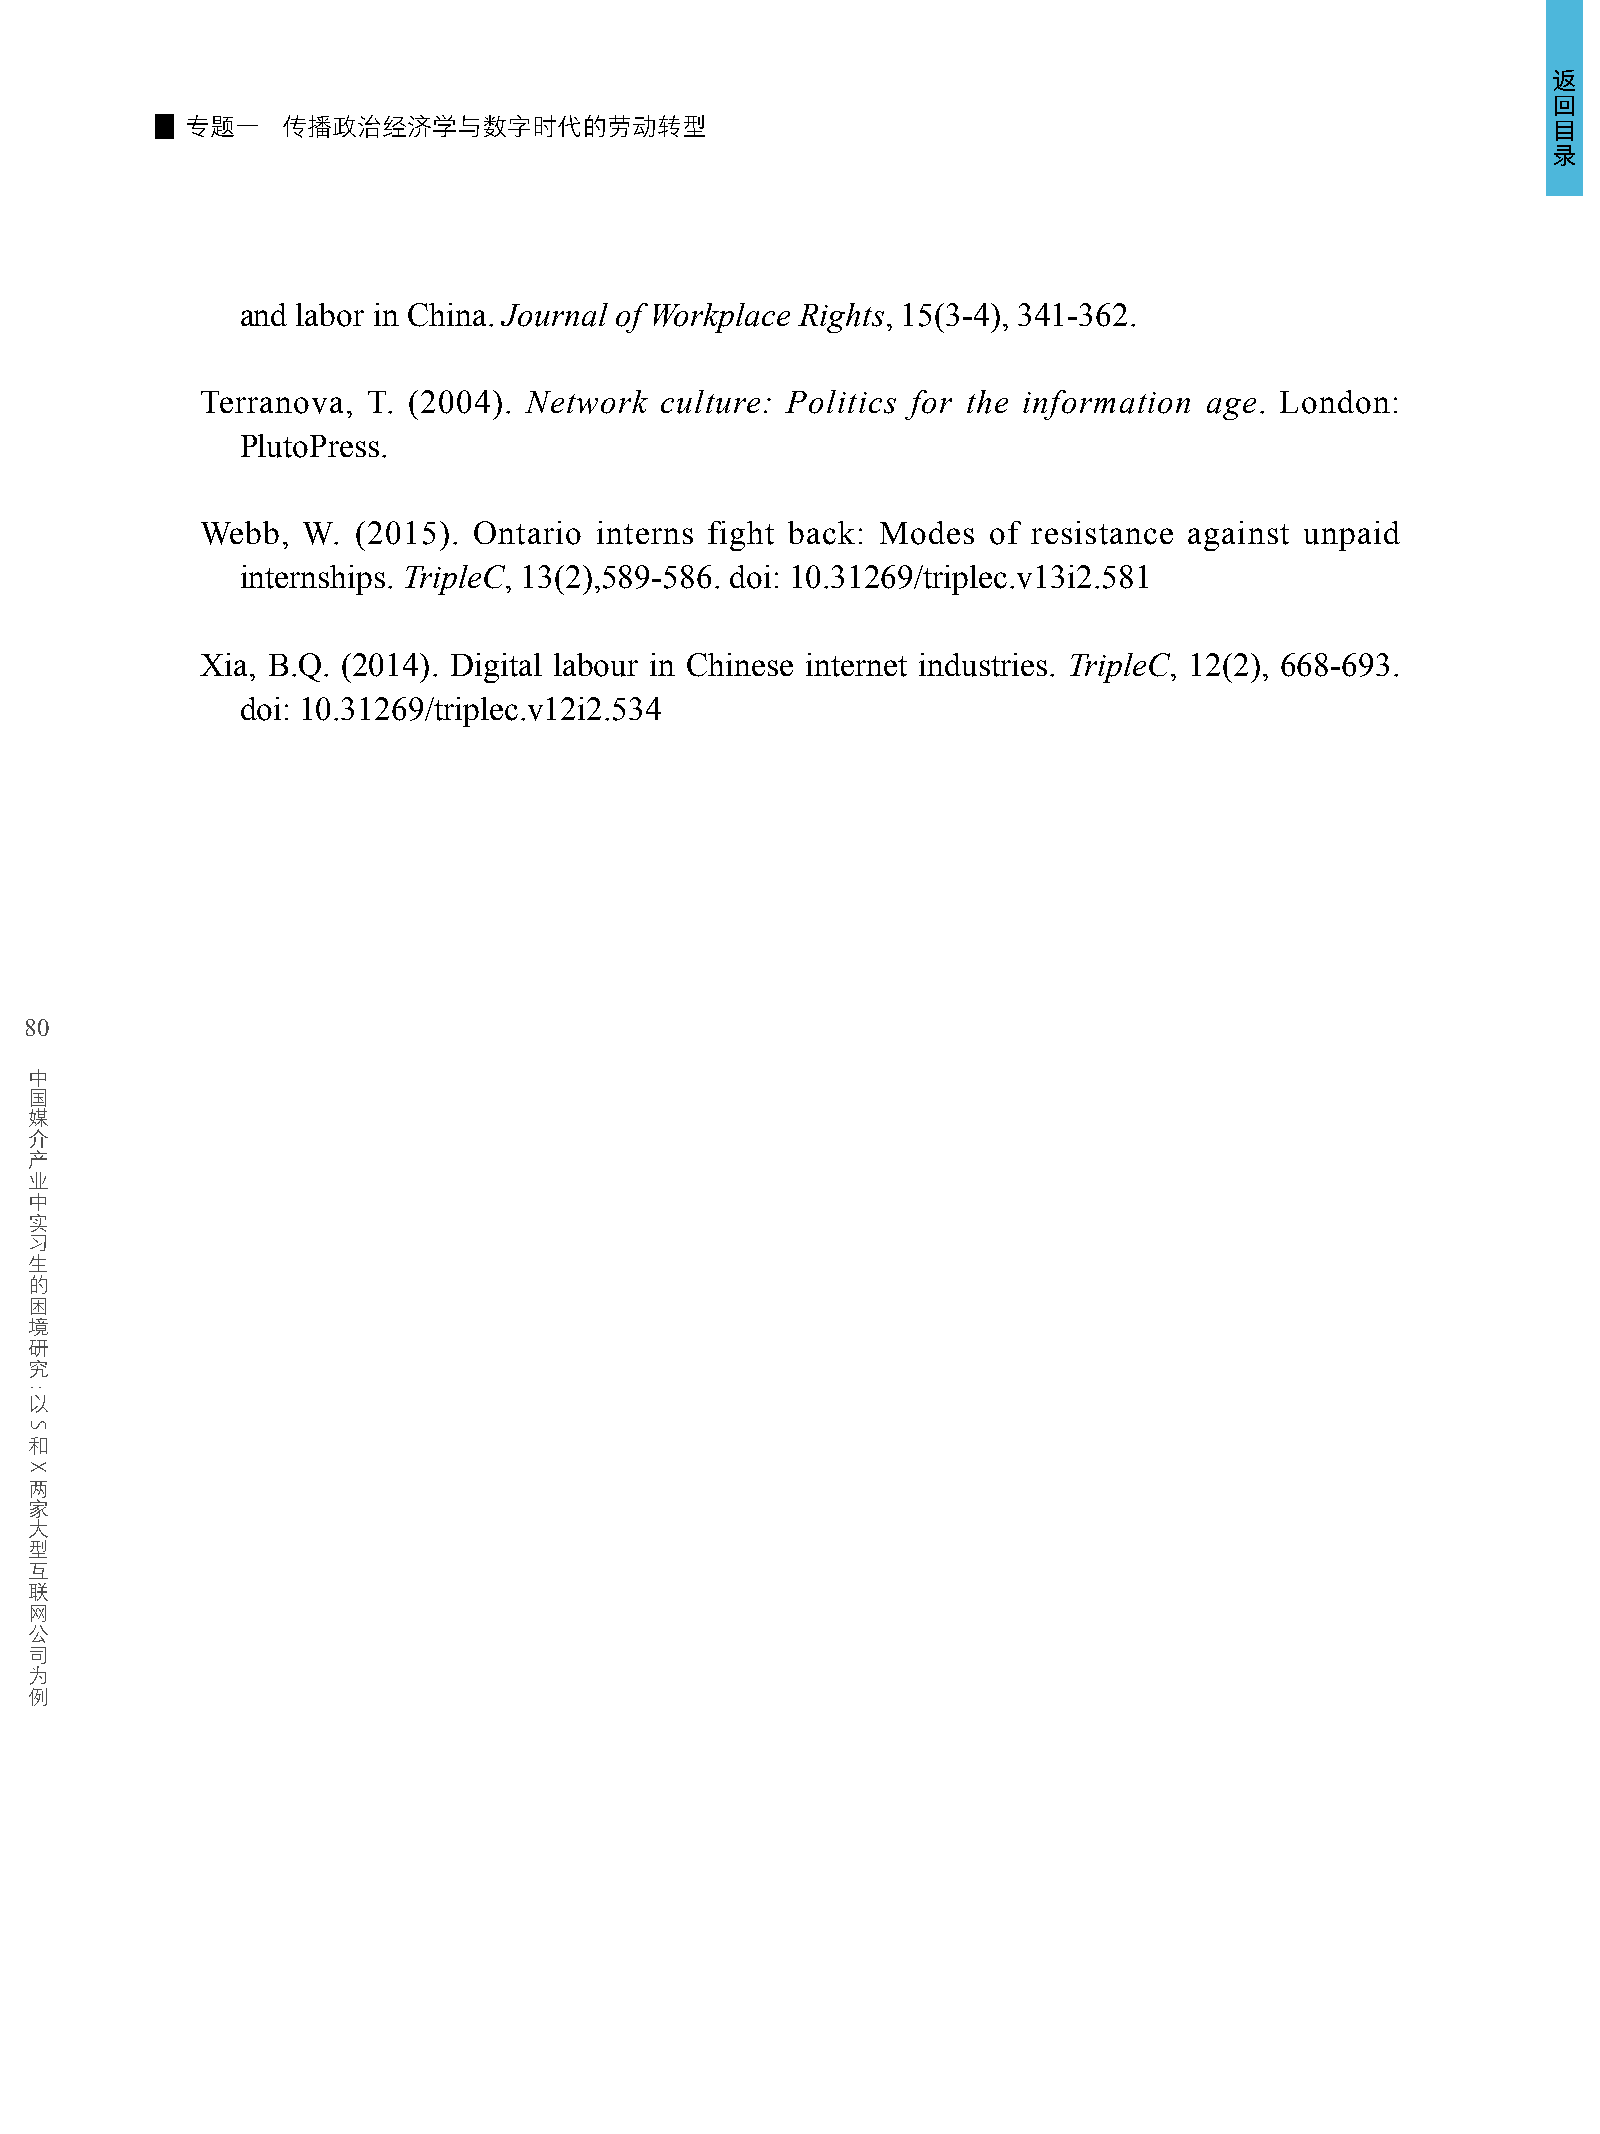
返
 回
 专题一    传播政治经济学与数字时代的劳动转型                                                                   目
 录
 and labor in China. Journal of Workplace Rights, 15(3-4), 341-362.
 Terranova, T. (2004). Network  culture: Politics for the information age. London:
 PlutoPress.
 Webb,  W. (2015). Ontario interns fight back: Modes of resistance against unpaid
 internships. TripleC, 13(2),589-586. doi: 10.31269/triplec.v13i2.581
 Xia, B.Q. (2014). Digital labour in Chinese internet industries. TripleC, 12(2), 668-693.
 doi: 10.31269/triplec.v12i2.534
 80
 中
 国
 媒
 介
 产
 业
 中
 实
 习
 生
 的
 困
 境
 研
 究
 以
 和
 两
 家
 大
 型
 互
 联
 网
 公
 司
 为
 例
 :
 S
 X